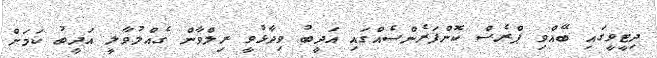
ދިޓީވީގައި ބޭއްވި ޕްރެސް ކޮންފަރެންސެއްގައި އަދީބު ވިދާޅުވީ ރިލްވާން ގެއްލުވާލީ އަދީބު ކަމަށް